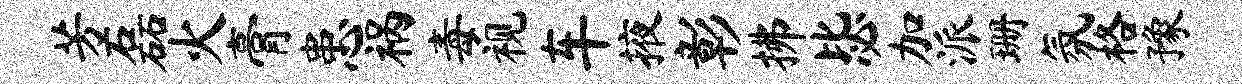
芳磊火膏患祸毒视车掖彰拂毖加派珊氛格豫